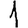
Digit: 1